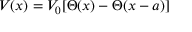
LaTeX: V ( x ) = V _ { 0 } [ \Theta ( x ) - \Theta ( x - a ) ]